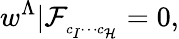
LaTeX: w^{\Lambda}\vert\mathcal{F}_{_{c_{I}\cdots c_{\mathcal{H}}}}=0,